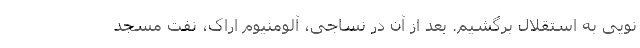
نویی به استقلال برگشیم. بعد از آن در نساجی، آلومنیوم اراک، نفت مسجد